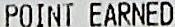
POINT EARNED